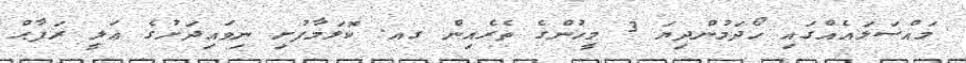
މައްސަލައެއްގައި ހޯދަމުންދިޔަ 3 މީހުންގެ ތެރެއިން ގއ. ކޮލަމާފުށި ނިވައިދަށުގެ ޢަލީ ރަފާޙް